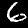
Label: 6